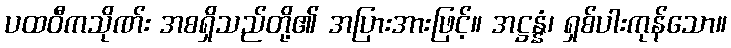
ပထဝီကသိုဏ်း အစရှိသည်တို့၏ အပြားအားဖြင့်။ အဋ္ဌန္နံ၊ ရှစ်ပါးကုန်သော။